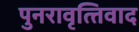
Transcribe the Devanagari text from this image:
पुनरावृत्‍तिवाद